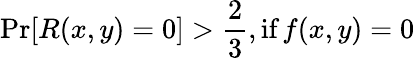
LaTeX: \operatorname*{Pr}[R(x,y)=0]>{\frac{2}{3}},{\textrm{if}}\, f(x,y)=0